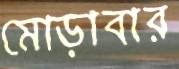
মোড়াবার